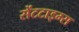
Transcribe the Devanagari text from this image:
सेंटटाइम्स